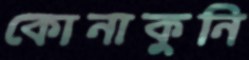
কোনাকুনি